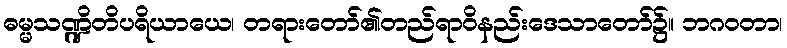
ဓမ္မသဏ္ဍိတိပရိယာယေ၊ တရားတော်၏တည်ရာဝိနည်းဒေသာတော်၌။ ဘဂဝတာ၊